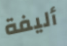
أليفة